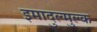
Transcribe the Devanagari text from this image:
इमादुल्मुल्क